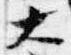
大